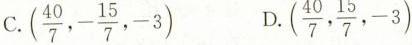
C. (\frac{40}{7},- \frac{15}{7},-3) D. (\frac{40}{7}, \frac{15}{7},-3)